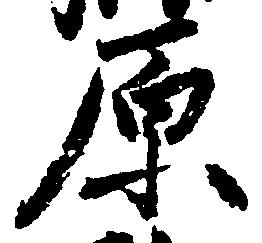
原